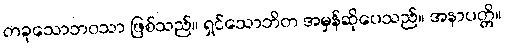
တခုသောဘဝသာ ဖြစ်သည်။ ရှင်သောဘိတ အမှန်ဆိုပေသည်။ အနာပတ္တိ။